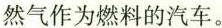
然气作为燃料的汽车。